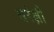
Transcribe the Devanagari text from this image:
सरंक्षी